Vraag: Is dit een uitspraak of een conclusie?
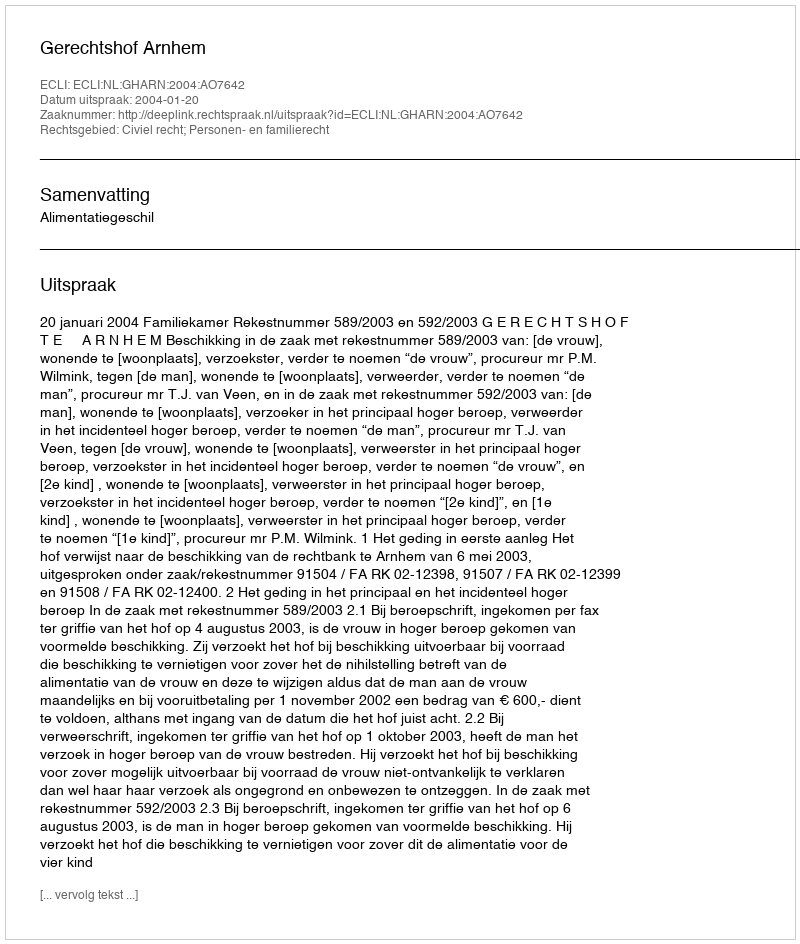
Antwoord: Uitspraak